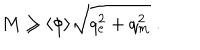
LaTeX: M \geq \langle \phi \rangle \sqrt { q _ { e } ^ { 2 } + q _ { m } ^ { 2 } } \ .